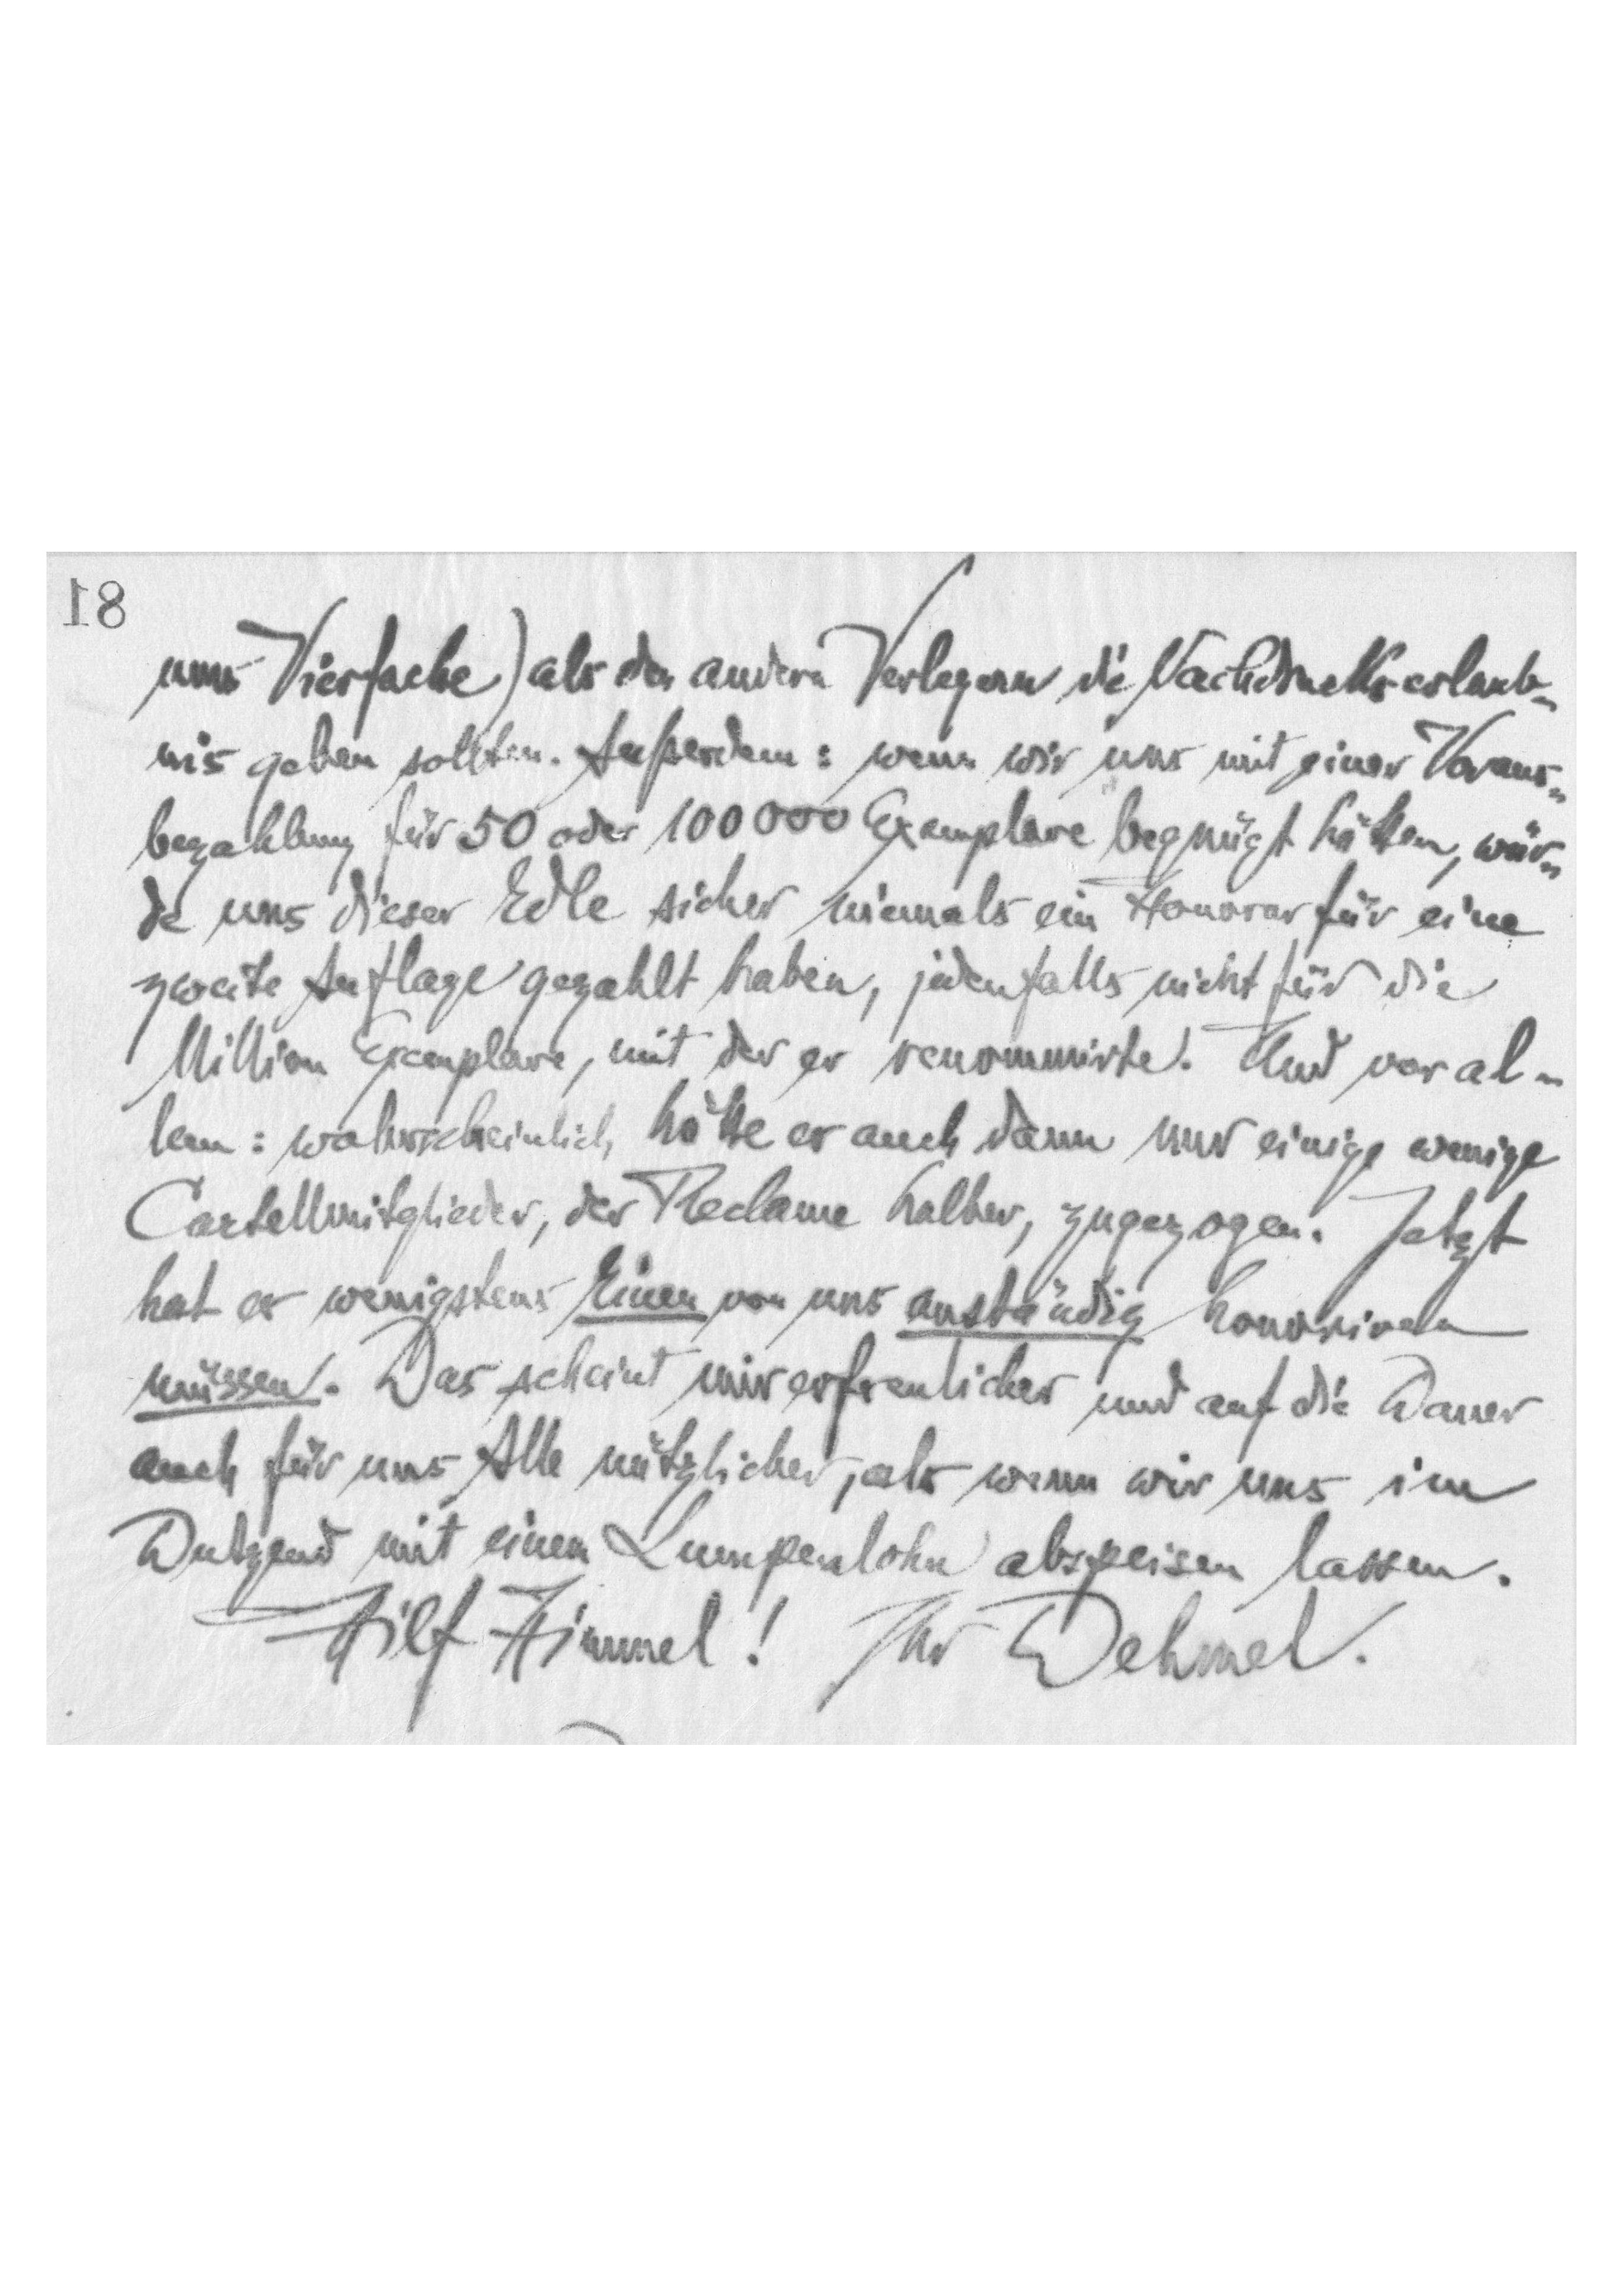
ums Vierfache) als den andern Verlegern die Nachdruckserlaub-
geben sollten. Außerdem: wenn wir uns mit einer Voraus-
bezahlung für 50 oder 100 000 Exemolare begnügt hätteb, wür-
de uns dieser Edle sicher niemals ein Honorar für eine zweite Auflage gezahlt haben, jedenfalls nicht für die
Million Exemplare, mit der er renommirte. Und voral-
lem: wahrscheinlich hättte er auch dann nur einige wenige
Cartellmitglieder, der Reclame halber, zugezogen. Jetzt
hat er wenigstens Einen von uns anständig honoriren
müssen. Das scheint mir erfreulicher und auf die Dauer
auch für uns Alle nützlicher, als wenn wir uns im
Dutzend mit einem Lumpenlohn abspeisen lassen.
Hilf Himmel! Ihr Dehmel.